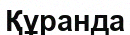
Құранда